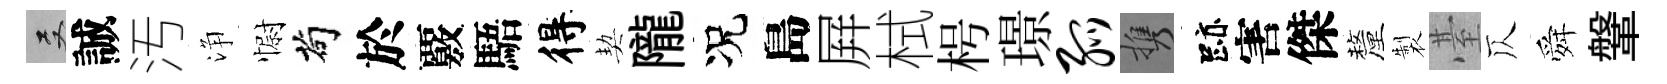
双誠汚浄𢠢茍於覈䮏得契隴况島屛栻枵璟弧携跡害傑釐製䑓仄舜鞶